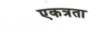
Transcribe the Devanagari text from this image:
एकत्रता